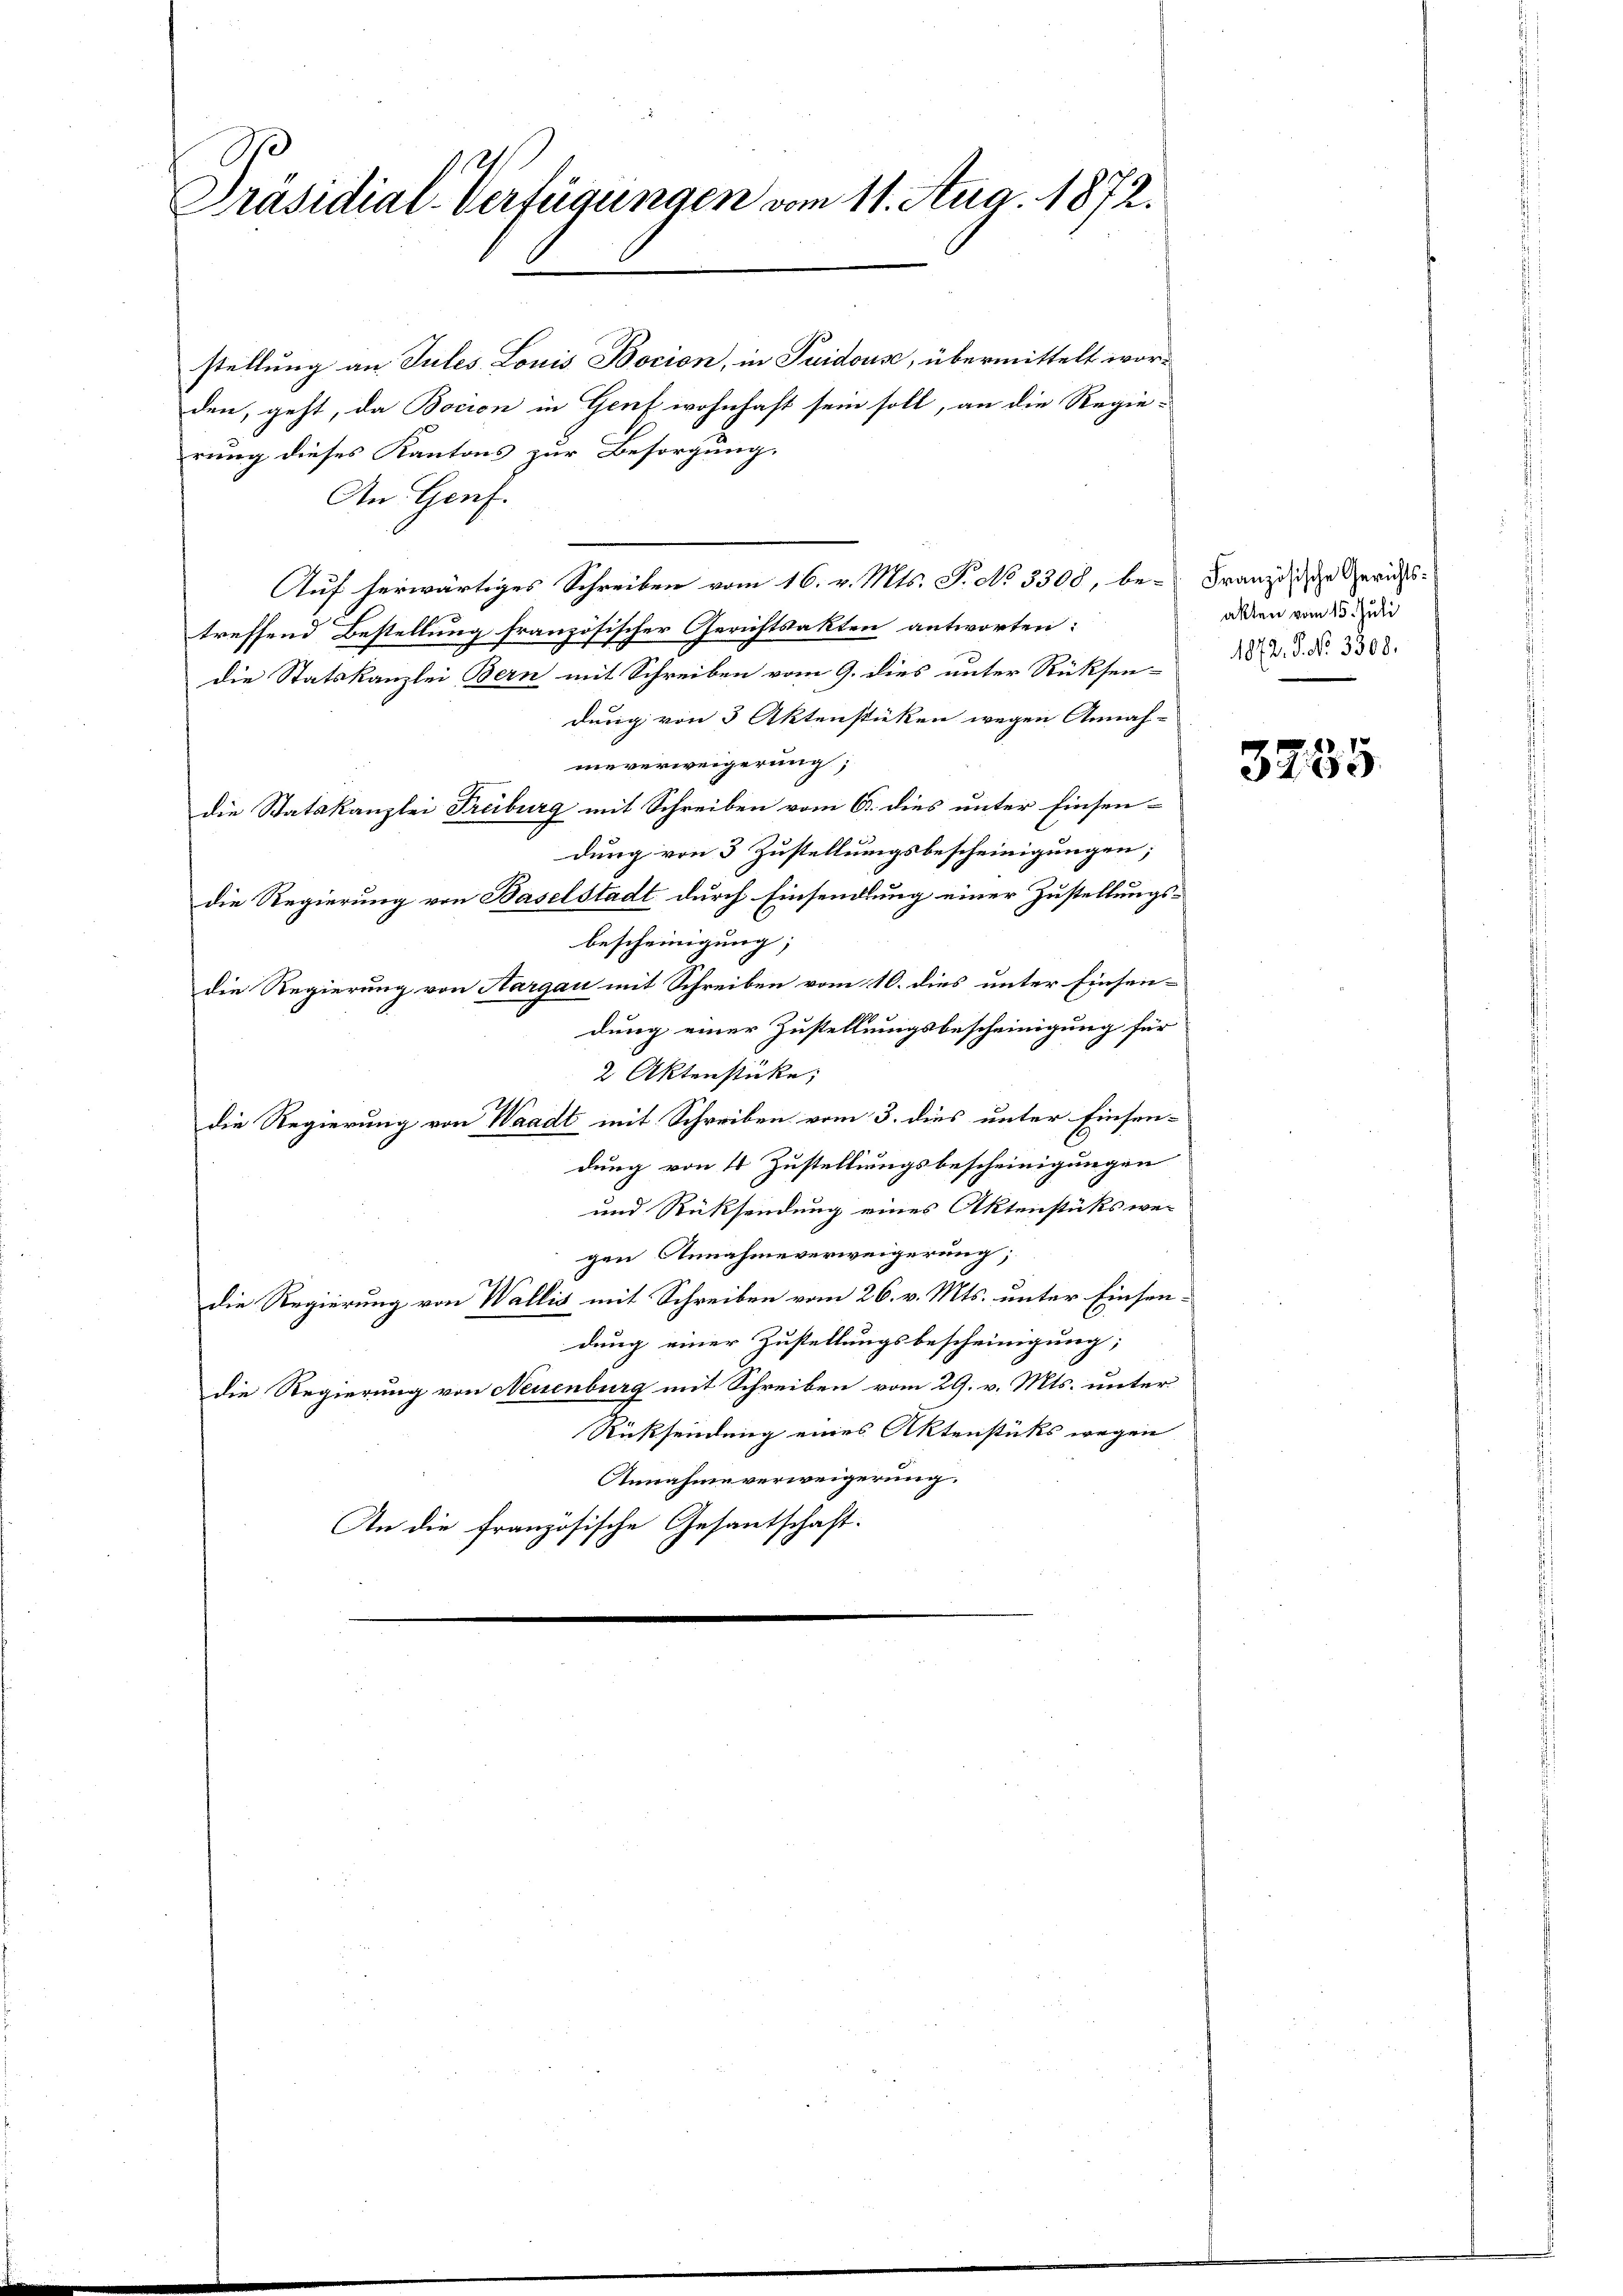
Präsidial-Verfügungen vom 11. Aug. 1872.

stellung an Tules Louis Bocion, in Suidouse, übermittelt worden, geht, da Bocion in Genf wohnhaft sein soll, an die Regie-
rung dieses Kantons zur Besorgung.
An Genf.
Auf herwärtiges Schreiben vom 16. v. Mts. S. No 3308, be- Franz die Gerichtstreffend Bestellung französischer Gerichtsakten antworten:
die Statskanzlei Bern mit Schreiben vom 9. dies unter Rücksend. V. P. Nr. 3388.
dung von 3 Aktenstücken wegen Annah-
nieverweigerung;
die Statskanzlei Freiburg mit Schreiben vom 6. dies unter Einsen-
dung von 3 Zustellungsbescheinigungen;
die Regierung von Baselstadt durch Einsendlung einer Zustellungsbescheinigung;
die Regierung von Aargau mit Schreiben vom 10. dies unter Einsen-
dung einer Zustellungsbescheinigung für
2 Aktenstücke,
die Regierung von Waadt mit Schreiben vom 3. dies unter Einsen-
dung von 4 Zustellungsbescheinigungen
und Rücksendung eines Aktenstüks we-
gen Annahmeverweigerung;
die Regierung von Wallis mit Schreiben vom 26. v. Mts. unter Einsendung einer Zustellungsbescheinigung;
die Regierung von Neuenburg mit Schreiben vom 29. v. Mts. unter
Rücksendung eines Aktenstücks wegen
Annahme verweigerung.
An die französische Gesantschaft.

akten vom 15. Juli

3735